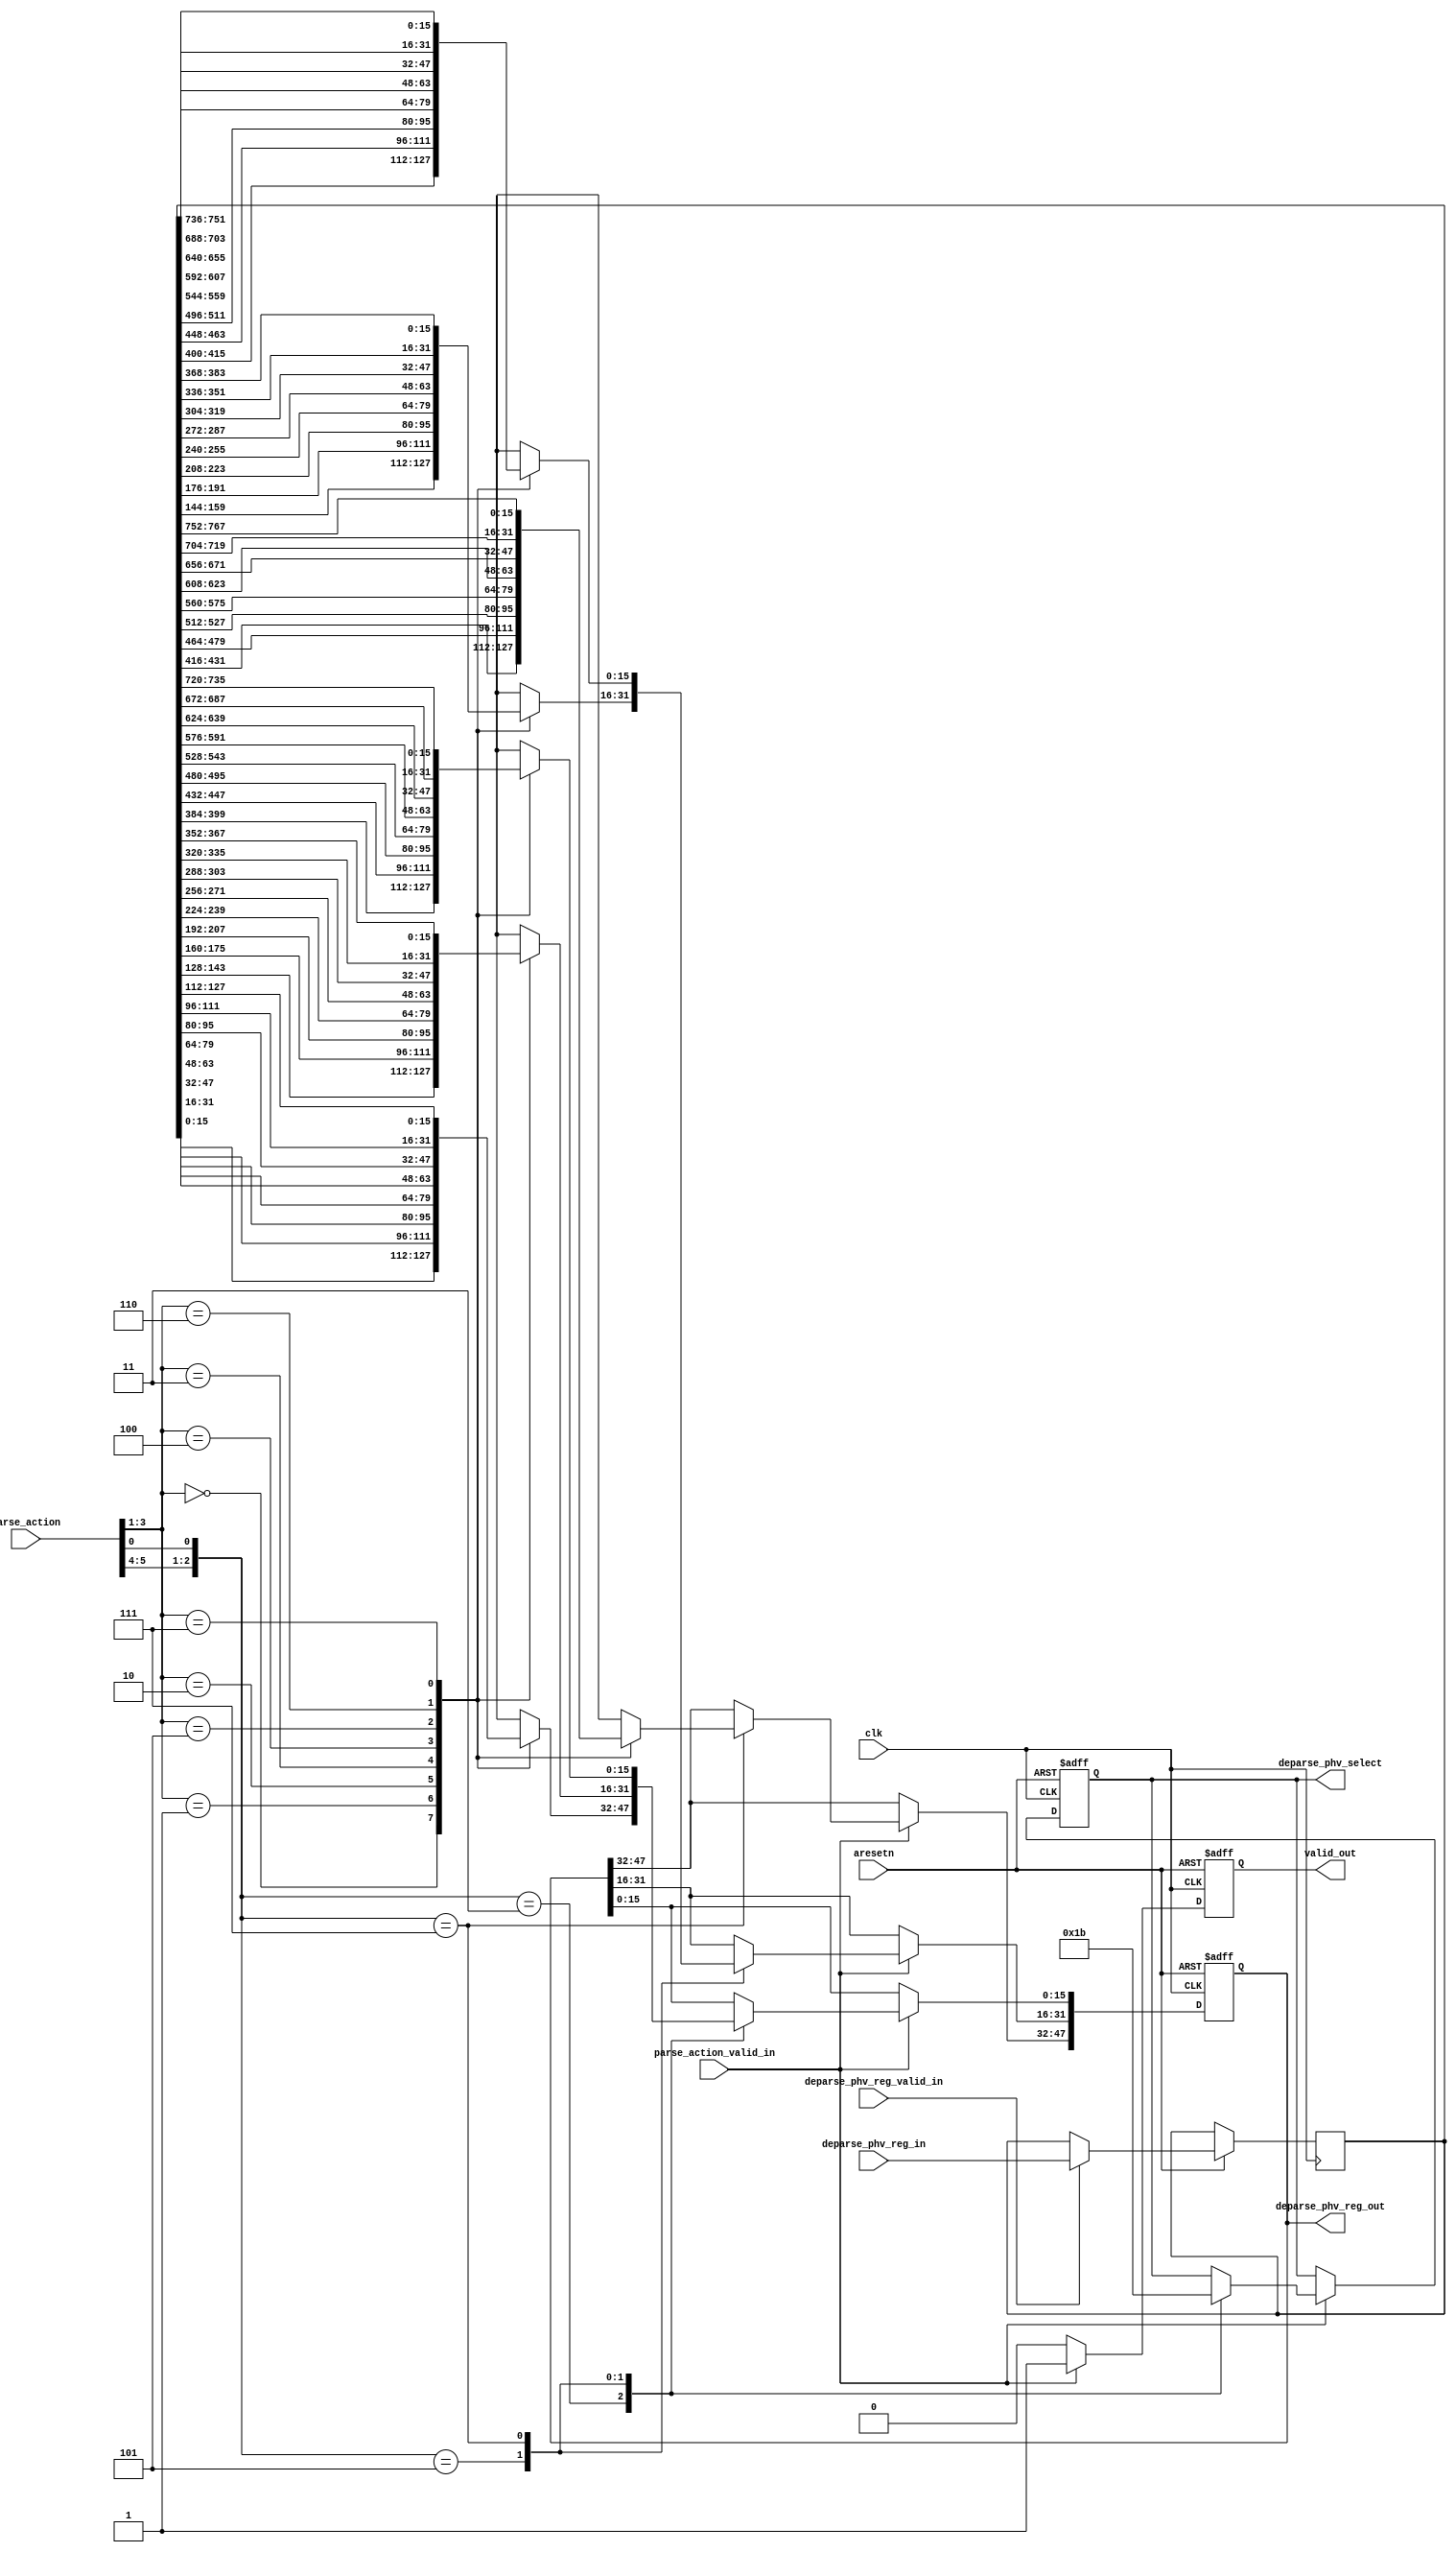
`timescale 1ns / 1ps

module sub_deparser #(
	//in corundum with 100g ports, data width is 512b
	parameter	C_S_AXIS_DATA_WIDTH = 256,
	parameter	C_S_AXIS_TUSER_WIDTH = 128,
	parameter	C_PKT_VEC_WIDTH = (6+4+2)*8*8+20*5+256,
    parameter   C_PARSE_ACTION_LEN = 6  //parse_action[5:0]
)
(
	input									clk,
	input									aresetn,

    input  [C_PKT_VEC_WIDTH-100-256-1:0]    deparse_phv_reg_in,
    input                                   deparse_phv_reg_valid_in,
    input  [C_PARSE_ACTION_LEN-1:0]         parse_action,
    input                                   parse_action_valid_in,

    output reg [47:0]                       deparse_phv_reg_out,
    //2'b01 for 2B, 2'b10 for 4B and 2'b11 for 6B
    output reg [1:0]                        deparse_phv_select,
    output reg                              valid_out
);

/**
    in this module, we generate the data about how the deparse_tdata_stored should be changed 
    based on bram_out and deparse_phv_reg. For example:

    in the REFORM_HDR state, this module should be given with:
    1) deparse_phv_reg;
    2) bram_out;
    3) a valid signal (when we need an output in the next cycle)

    **in one cycle later**, this module should output:
    1) a valid signal (the output is valid, optional);
    2) a deparse_phv_stored_r indicating how the deparse_tdata shall be modified
    3) a selector to indicate whether its 2B, 4B or 6B
*/

localparam PHV_2B_START_POS = 0;
localparam PHV_4B_START_POS = 16*8;
localparam PHV_6B_START_POS = 16*8+32*8;

reg [C_PKT_VEC_WIDTH-100-256-1:0] deparse_phv_reg;

always @(posedge clk or negedge aresetn) begin
    if(~aresetn) begin
        deparse_phv_reg_out <= 48'b0;
        deparse_phv_select <= 2'b0;
        valid_out <= 1'b0;
    end

    else begin
        case(deparse_phv_reg_valid_in)
            1'b1:    deparse_phv_reg <= deparse_phv_reg_in;
            default: deparse_phv_reg <= deparse_phv_reg;
        endcase
        
        case(parse_action_valid_in)
            1'b1: begin
                //case(parse_action[0])
                valid_out <= 1'b1;
                case({parse_action[5:4], parse_action[0]})
                    //2B
                    3'b011:begin
                        deparse_phv_select <= 2'b01;
                        case(parse_action[3:1])
                            3'd0:  deparse_phv_reg_out[15:0] <= deparse_phv_reg[PHV_2B_START_POS+16*0+:16];
                            3'd1:  deparse_phv_reg_out[15:0] <= deparse_phv_reg[PHV_2B_START_POS+16*1+:16];
                            3'd2:  deparse_phv_reg_out[15:0] <= deparse_phv_reg[PHV_2B_START_POS+16*2+:16];
                            3'd3:  deparse_phv_reg_out[15:0] <= deparse_phv_reg[PHV_2B_START_POS+16*3+:16];
                            3'd4:  deparse_phv_reg_out[15:0] <= deparse_phv_reg[PHV_2B_START_POS+16*4+:16];
                            3'd5:  deparse_phv_reg_out[15:0] <= deparse_phv_reg[PHV_2B_START_POS+16*5+:16];
                            3'd6:  deparse_phv_reg_out[15:0] <= deparse_phv_reg[PHV_2B_START_POS+16*6+:16];
                            3'd7:  deparse_phv_reg_out[15:0] <= deparse_phv_reg[PHV_2B_START_POS+16*7+:16];
                        endcase
                    end
                    //4B
                    3'b101:begin
                        deparse_phv_select <= 2'b10;
                        case(parse_action[3:1])
                            3'd0:  deparse_phv_reg_out[31:0] <= deparse_phv_reg[PHV_4B_START_POS+32*0+:32];
                            3'd1:  deparse_phv_reg_out[31:0] <= deparse_phv_reg[PHV_4B_START_POS+32*1+:32];
                            3'd2:  deparse_phv_reg_out[31:0] <= deparse_phv_reg[PHV_4B_START_POS+32*2+:32];
                            3'd3:  deparse_phv_reg_out[31:0] <= deparse_phv_reg[PHV_4B_START_POS+32*3+:32];
                            3'd4:  deparse_phv_reg_out[31:0] <= deparse_phv_reg[PHV_4B_START_POS+32*4+:32];
                            3'd5:  deparse_phv_reg_out[31:0] <= deparse_phv_reg[PHV_4B_START_POS+32*5+:32];
                            3'd6:  deparse_phv_reg_out[31:0] <= deparse_phv_reg[PHV_4B_START_POS+32*6+:32];
                            3'd7:  deparse_phv_reg_out[31:0] <= deparse_phv_reg[PHV_4B_START_POS+32*7+:32];
                        endcase
                    end
                    //6B
                    3'b111:begin
                        deparse_phv_select <= 2'b11;
                        case(parse_action[3:1])
                            3'd0:  deparse_phv_reg_out[47:0] <= deparse_phv_reg[PHV_6B_START_POS+48*0+:48];
                            3'd1:  deparse_phv_reg_out[47:0] <= deparse_phv_reg[PHV_6B_START_POS+48*1+:48];
                            3'd2:  deparse_phv_reg_out[47:0] <= deparse_phv_reg[PHV_6B_START_POS+48*2+:48];
                            3'd3:  deparse_phv_reg_out[47:0] <= deparse_phv_reg[PHV_6B_START_POS+48*3+:48];
                            3'd4:  deparse_phv_reg_out[47:0] <= deparse_phv_reg[PHV_6B_START_POS+48*4+:48];
                            3'd5:  deparse_phv_reg_out[47:0] <= deparse_phv_reg[PHV_6B_START_POS+48*5+:48];
                            3'd6:  deparse_phv_reg_out[47:0] <= deparse_phv_reg[PHV_6B_START_POS+48*6+:48];
                            3'd7:  deparse_phv_reg_out[47:0] <= deparse_phv_reg[PHV_6B_START_POS+48*7+:48];
                        endcase
                    end
                endcase

            end
            default: begin
                //NOTE: if nothing comes in, do nothing.
                valid_out <= 1'b0;
            end
        endcase
        

    end
end

endmodule